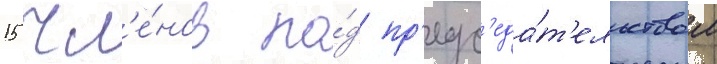
15 чл'е́нов по́д пр'едс'еда́т'ельством